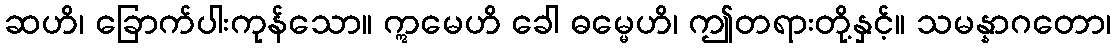
ဆဟိ၊ ခြောက်ပါးကုန်သော။ ဣမေဟိ ခေါ ဓမ္မေဟိ၊ ဤတရားတို့နှင့်။ သမန္နာဂတော၊